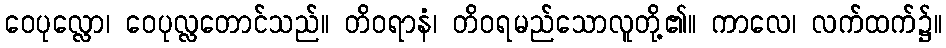
ဝေပုလ္လော၊ ဝေပုလ္လတောင်သည်။ တိဝရာနံ၊ တိဝရမည်သောလူတို့၏။ ကာလေ၊ လက်ထက်၌။